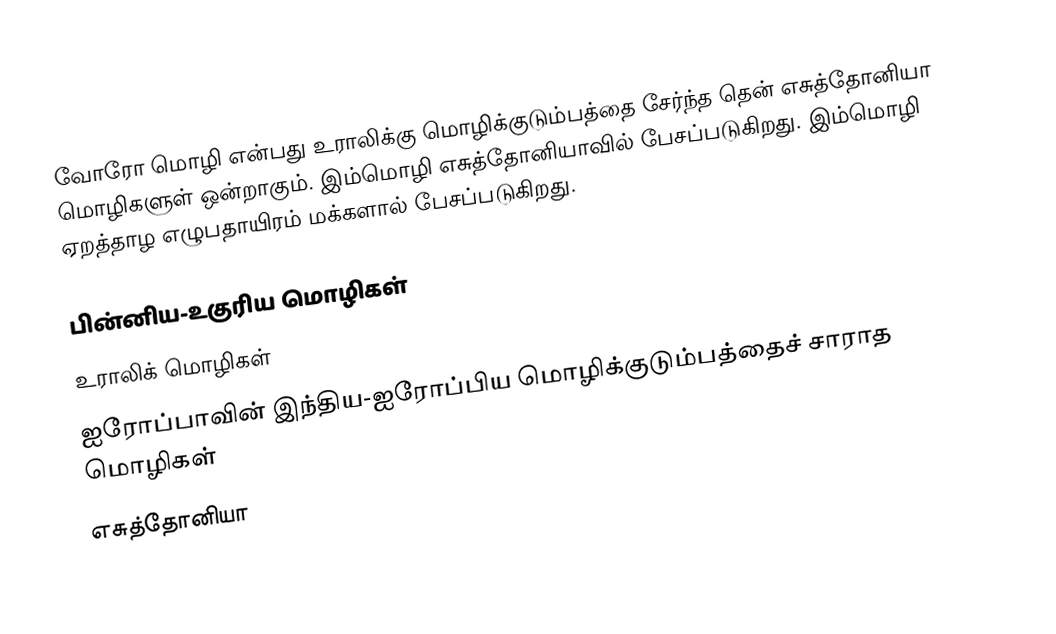
வோரோ மொழி என்பது உராலிக்கு மொழிக்குடும்பத்தை சேர்ந்த தென் எசுத்தோனியா மொழிகளுள் ஒன்றாகும். இம்மொழி எசுத்தோனியாவில் பேசப்படுகிறது. இம்மொழி ஏறத்தாழ எழுபதாயிரம் மக்களால் பேசப்படுகிறது.

பின்னிய-உகுரிய மொழிகள்
உராலிக் மொழிகள்
ஐரோப்பாவின் இந்திய-ஐரோப்பிய மொழிக்குடும்பத்தைச் சாராத மொழிகள்
எசுத்தோனியா